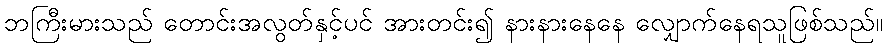
ဘကြီးမားသည် တောင်းအလွတ်နှင့်ပင် အားတင်း၍ နားနားနေနေ လျှောက်နေရသူဖြစ်သည်။